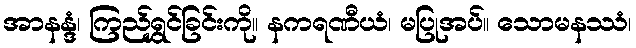
အာနန္ဒံ၊ ကြည်ရွှင်ခြင်းကို။ နကရဏီယံ၊ မပြုအပ်။ သောမနဿံ၊